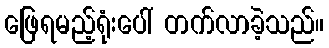
ဖြေရမည့်ရုံးပေါ် တက်လာခဲ့သည်။